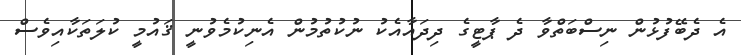
އެ ދެބޭފުޅުން ނިސްބަތްވާ ދެ ޕާޓީގެ ދިދައާއެކު ނުކުތުމުން އެނިކުމެވުނީ ޤައުމީ ކުލަތަކާއިވެސް